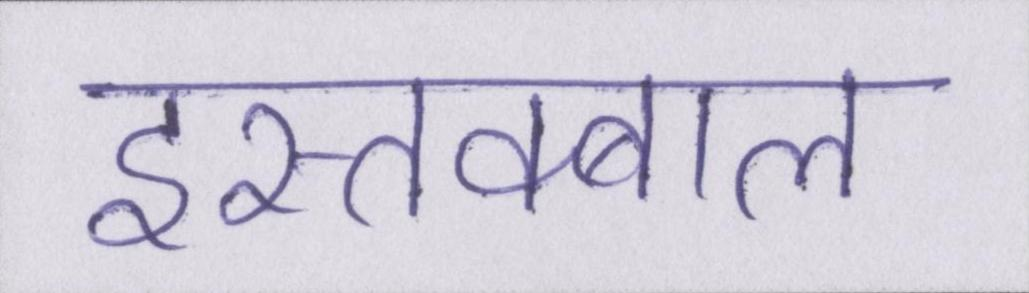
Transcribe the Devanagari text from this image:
इस्तक्बाल